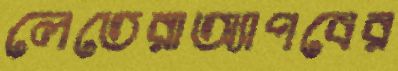
লেতেরাঅ্যাপবের